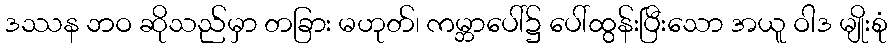
ဒဿန ဘဝ ဆိုသည်မှာ တခြား မဟုတ်၊ ကမ္ဘာပေါ်၌ ပေါ်ထွန်းပြီးသော အယူ ဝါဒ မျိုးစုံ